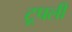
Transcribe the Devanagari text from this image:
टूपली